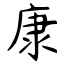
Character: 康